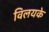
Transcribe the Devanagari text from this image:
विलयके